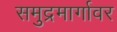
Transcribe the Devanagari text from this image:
समुद्रमार्गावर